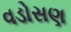
વડોસણ